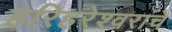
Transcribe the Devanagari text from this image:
हरिहरेश्वराचे